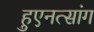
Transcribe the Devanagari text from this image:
हुएनत्सांग